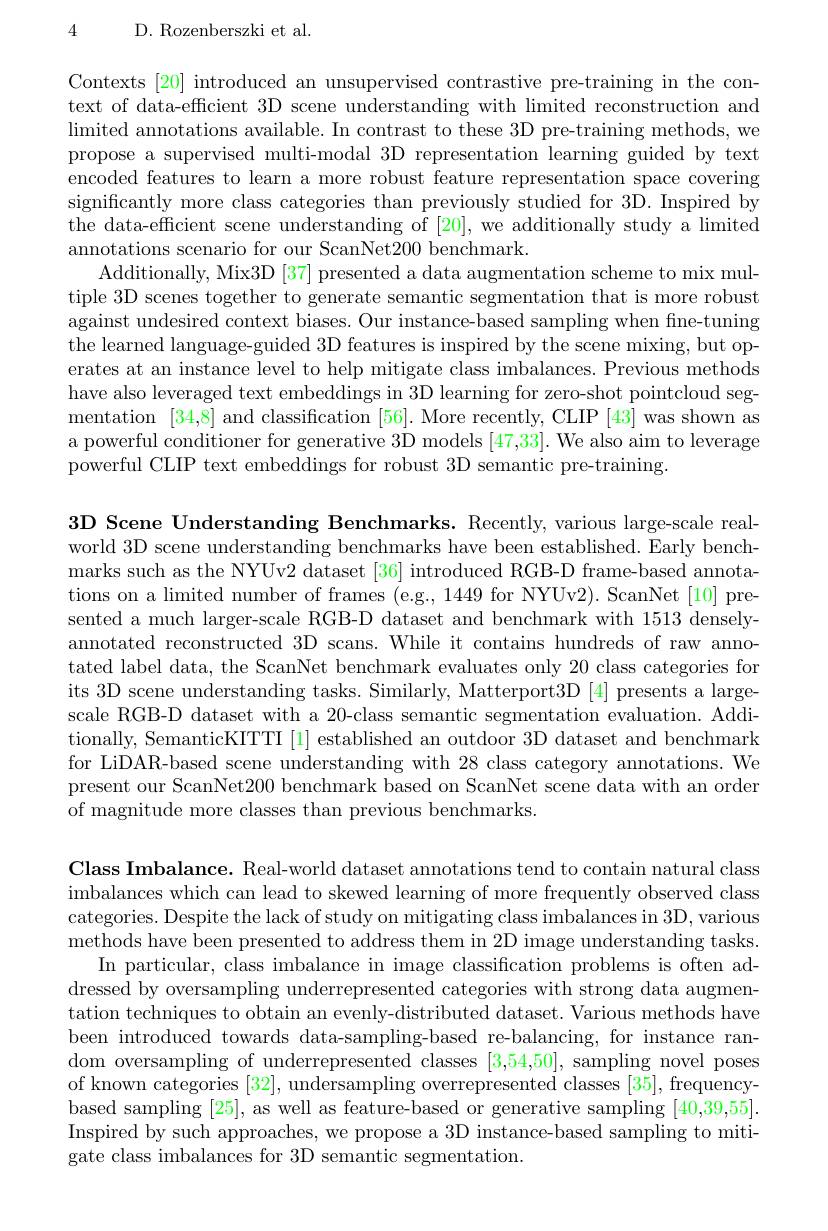
4

D. Rozenberszki et al.

Contexts [20] introduced an unsupervised contrastive pre-training in the context of data-efficient 3D scene understanding with limited reconstruction and $\operatorname*{limited}$ annotations available. In contrast to these 3D pre-training methods, we propose a supervised multi-modal 3D representation learning guided by text encoded features to learn a more robust feature representation space covering significantly more class categories than previously studied for 3D. Inspired by the data-efficient scene understanding of [20], we additionally study a limited annotations scenario for our ScanNet200 benchmark.
Additionally, Mix3D [37] presented a data augmentation scheme to mix multiple 3D scenes together to generate semantic segmentation that is more robust against undesired context biases. Our instance-based sampling when fine-tuning the learned language-guided 3D features is inspired by the scene mixing, but operates at an instance level to help mitigate class imbalances. Previous methods have also leveraged text embeddings in 3D learning for zero-shot pointcloud segmentation [34,8] and classification [56]. More recently, CLIP [43] was shown as a powerful conditioner for generative 3D models [47,33]. We also aim to leverage powerful CLIP text embeddings for robust 3D semantic pre-training.

3D Scene Understanding Benchmarks. Recently, various large-scale realworld 3D scene understanding benchmarks have been established. Early benchmarks such as the NYUv2 dataset [36] introduced RGB-D frame-based annotations on a limited number of frames (e.g., 1449 for NYUv2). ScanNet [10] presented a much larger-scale RGB-D dataset and benchmark with 1513 denselyannotated reconstructed 3D scans. While it contains hundreds of raw annotated label data, the ScanNet benchmark evaluates only 20 class categories for its 3D scene understanding tasks. Similarly, Matterport3D [4] presents a largescale RGB-D dataset with a 20-class semantic segmentation evaluation. Additionally, SemanticKITTI [1] established an outdoor 3D dataset and benchmark for LiDAR-based scene understanding with 28 class category annotations. We present our ScanNet200 benchmark based on ScanNet scene data with an order of magnitude more classes than previous benchmarks.

Class Imbalance. Real-world dataset annotations tend to contain natural class imbalances which can lead to skewed learning of more frequently observed class categories. Despite the lack of study on mitigating class imbalances in 3D, various methods have been presented to address them in 2D image understanding tasks.
In particular, class imbalance in image classification problems is often addressed by oversampling underrepresented categories with strong data augmentation techniques to obtain an evenly-distributed dataset. Various methods have been introduced towards data-sampling-based re-balancing, for instance random oversampling of underrepresented classes [3,54,50], sampling novel poses of known categories [32], undersampling overrepresented classes [35], frequencybased sampling [25], as well as feature-based or generative sampling [40,39,55]. Inspired by such approaches, we propose a 3D instance-based sampling to mitigate class imbalances for 3D semantic segmentation.